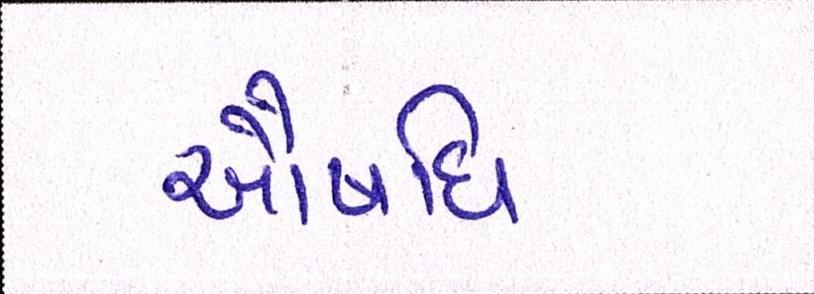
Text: ઔષધિ